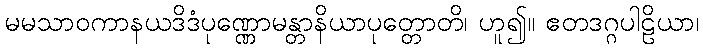
မမသာဝကာနယဒိဒံပုဏ္ဏောမန္တာနိယာပုတ္တောတိ၊ ဟူ၍။ ဧတဒဂ္ဂပါဠိယာ၊